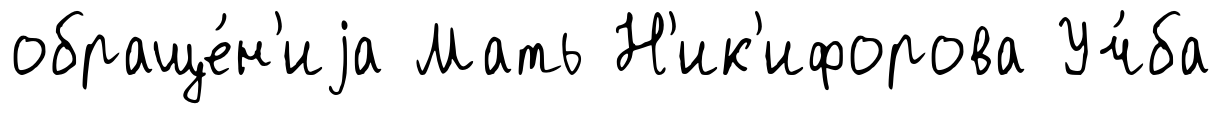
обраще́н'иjа Мать Н'ик'ифорова Уч́ба